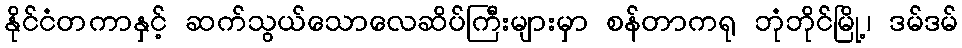
နိုင်ငံတကာနှင့် ဆက်သွယ်သောလေဆိပ်ကြီးများမှာ စန်တာကရု ဘုံဘိုင်မြို့၊ ဒမ်ဒမ်